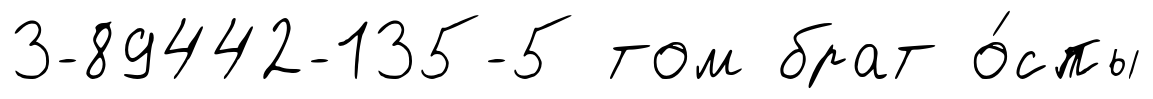
3-89442-135-5 том брат о́спы